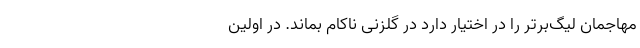
مهاجمان لیگ‌برتر را در اختیار دارد در گلزنی ناکام بماند. در اولین